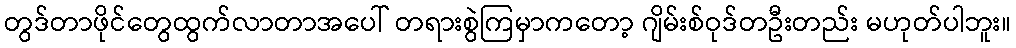
တွဒ်တာဖိုင်တွေထွက်လာတာအပေါ် တရားစွဲကြမှာကတော့ ဂျိမ်းစ်ဝုဒ်တဦးတည်း မဟုတ်ပါဘူး။